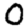
Digit: 0